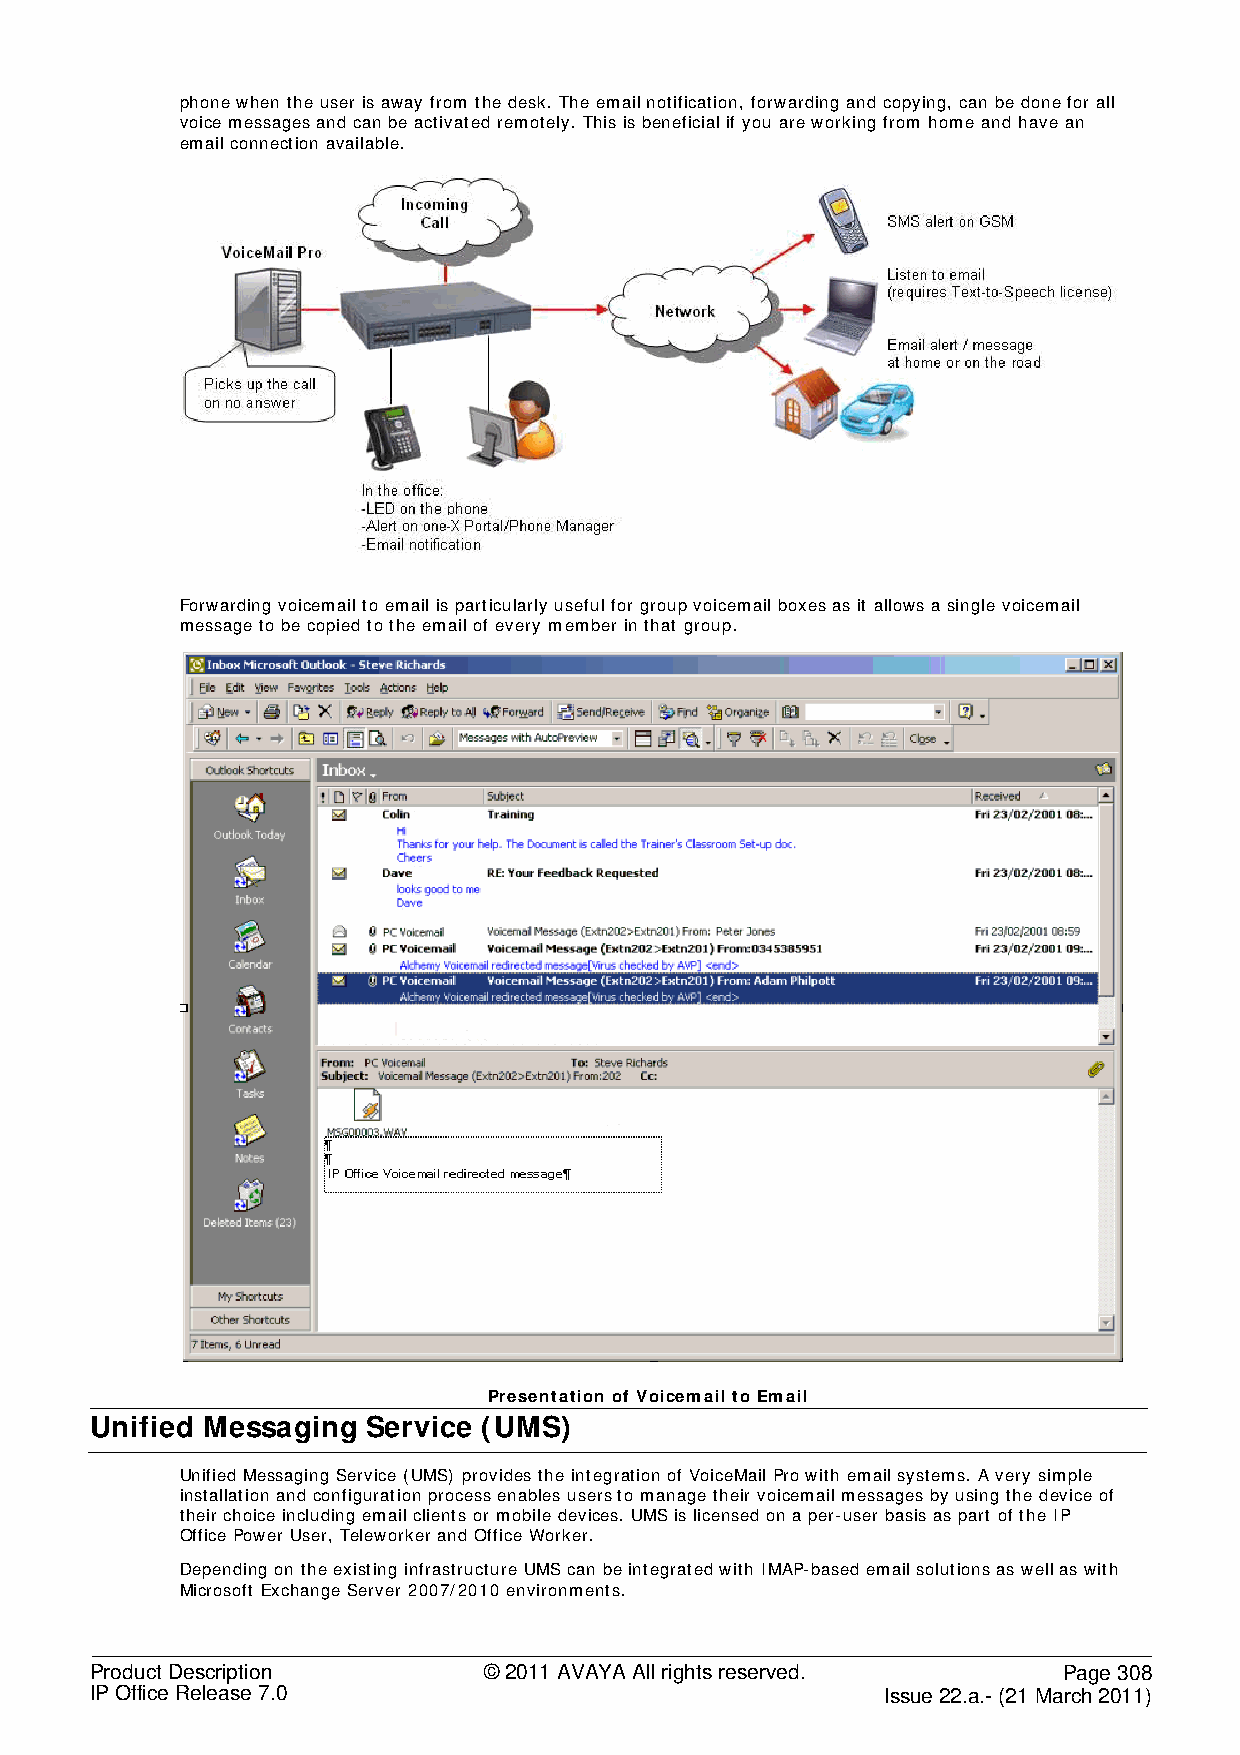
phone when the user is away from the desk. The email notification, forwarding and copying, can be done for all
 voice messages and can be activated remotely. This is beneficial if you are working from home and have an
 email connection available.
 Forwarding voicemail to email is particularly useful for group voicemail boxes as it allows a single voicemail
 message to be copied to the email of every member in that group.
 Presentation of Voicemail to Email
 Unified Messaging Service (UMS)
 Unified Messaging Service (UMS) provides the integration of VoiceMail Pro with email systems. A very simple
 installation and configuration process enables users to manage their voicemail messages by using the device of
 their choice including email clients or mobile devices. UMS is licensed on a per-user basis as part of the IP
 Office Power User, Teleworker and Office Worker.
 Depending on the existing infrastructure UMS can be integrated with IMAP-based email solutions as well as with
 Microsoft Exchange Server 2007/2010 environments.
 Product Description       © 2011 AVAYA All rights reserved.     Page 308
 IP Office Release 7.0                                Issue 22.a.- (21 March 2011)